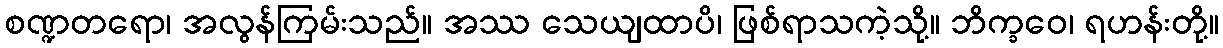
စဏ္ဍတရော၊ အလွန်ကြမ်းသည်။ အဿ သေယျထာပိ၊ ဖြစ်ရာသကဲ့သို့။ ဘိက္ခဝေ၊ ရဟန်းတို့။